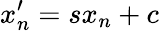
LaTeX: x_{n}^{\prime}=sx_{n}+c